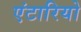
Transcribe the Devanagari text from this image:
एंटारियो